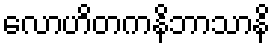
လောဟိတကနိဘာသာနိ